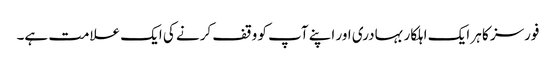
فورسز کا ہر ایک اہلکار بہادری اور اپنے آپ کو وقف کرنے کی ایک علامت ہے۔